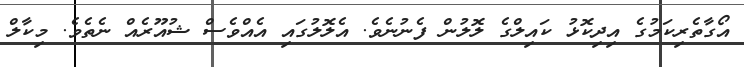
އޯގާތެރިކަމުގެ އިދިކޮޅު ކައިލްގެ ލޮލުން ފެނުނެވެ. އެލޮލުގައި އެއްވެސް ޝުއޫރެއް ނެތެވެ. މިކާލް